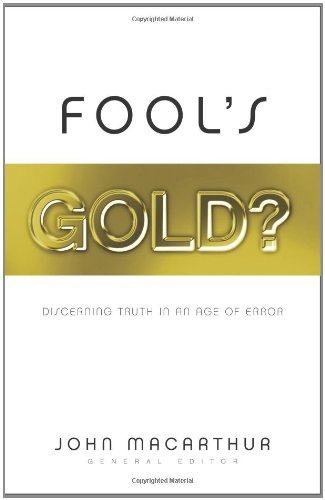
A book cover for Fool's Gold?: Discerning Truth in an Age of Error; Christian Books & Bibles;